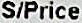
S/PRICE